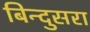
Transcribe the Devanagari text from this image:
बिन्दुसरा